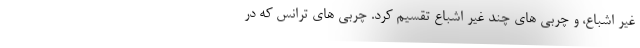
غیر اشباع، و چربی های چند غیر اشباع تقسیم کرد. چربی های ترانس که در